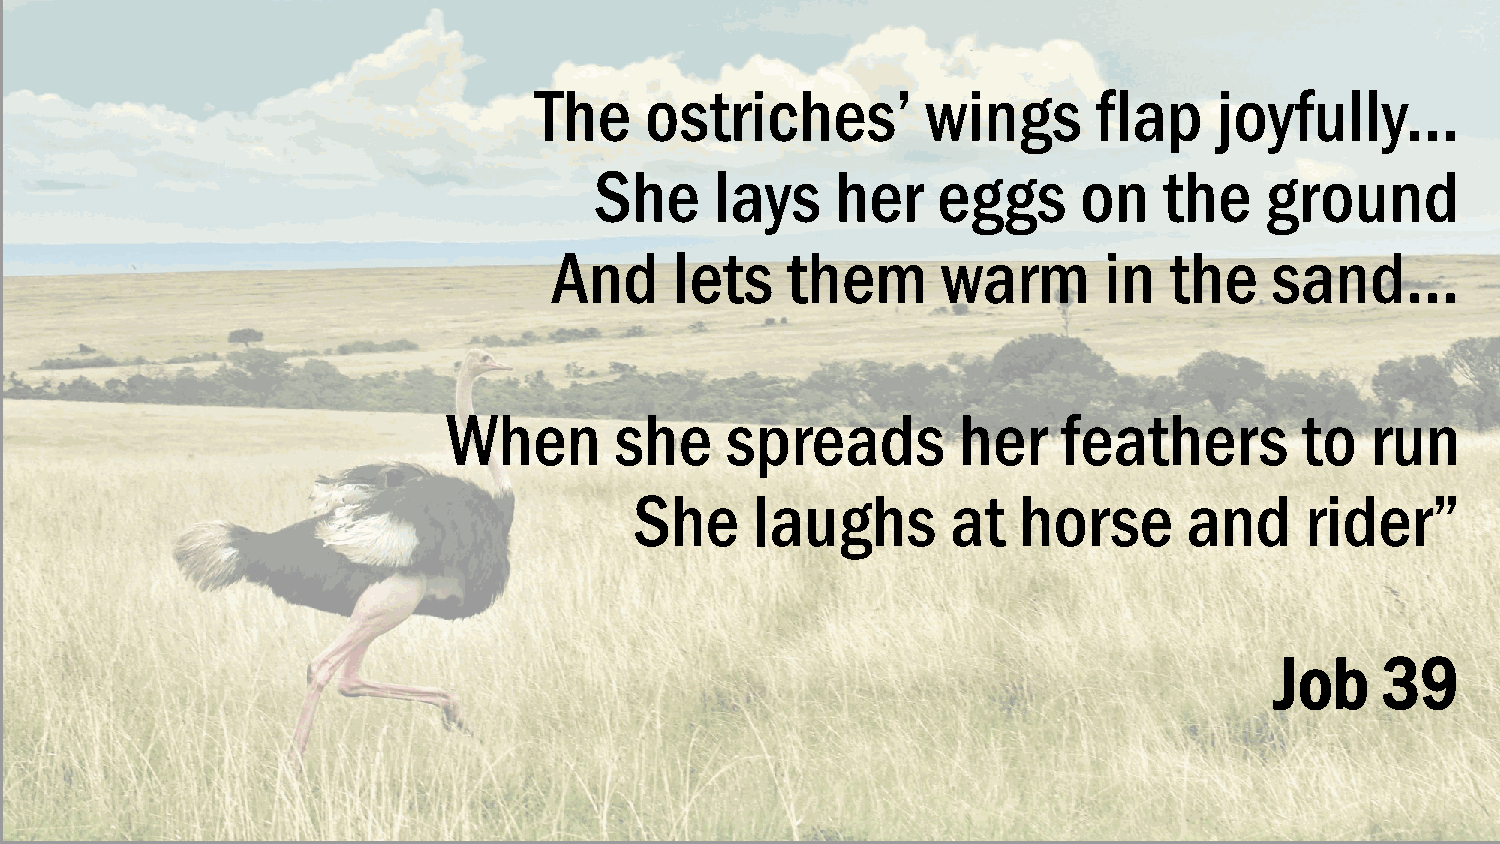
The     ostriches’        wings       flap    joyfully...
 She     lays    her    eggs      on   the    ground
 And     lets   them      warm       in  the    sand…
 When       she    spreads        her    feathers        to   run
 She     laughs       at  horse       and    rider”
 Job     39